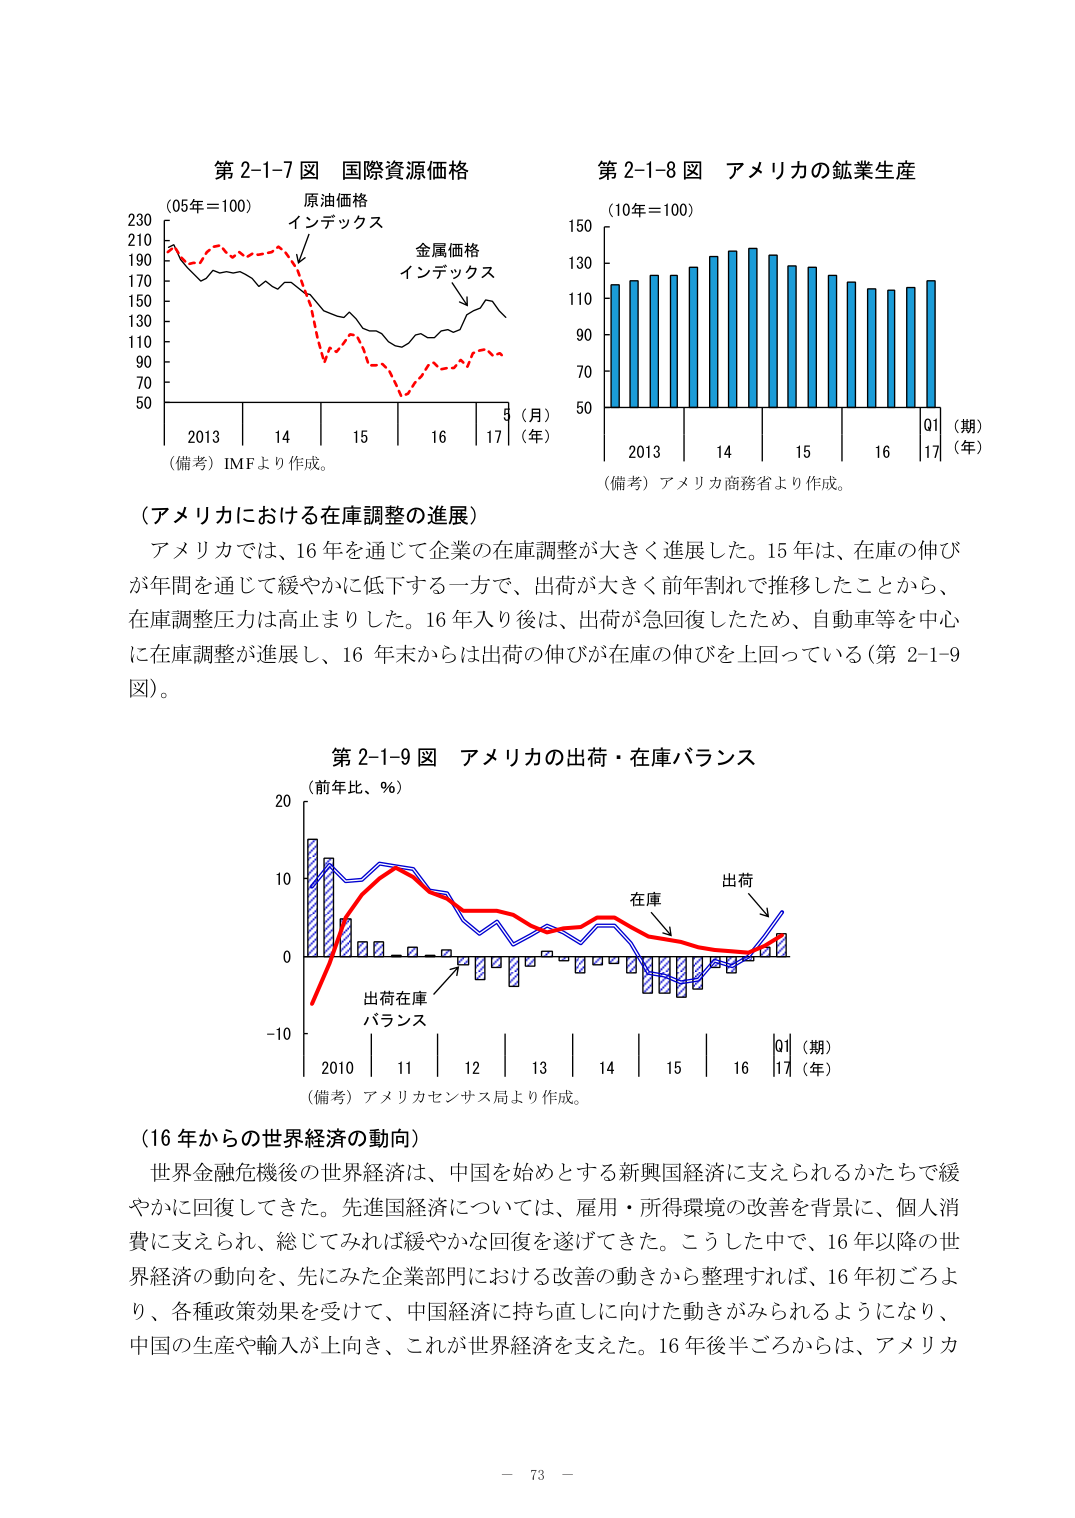
第2-1-7図 国際資源価格
(05年=100)
原油価格
インデックス
金属価格
インデックス
(月)
(年)
2013 14 15 16 17
(備考) IMFより作成。

第2-1-8図 アメリカの鉱業生産
(10年=100)
(期)
(年)
2013 14 15 16 Q1 17
(備考) アメリカ商務省より作成。

（アメリカにおける在庫調整の進展）
アメリカでは、16年を通じて企業の在庫調整が大きく進展した。15年は、在庫の伸びが年間を通じて緩やかに低下する一方で、出荷が大きく前年割れで推移したことから、在庫調整圧力は高止まりした。16年入り後は、出荷が急回復したため、自動車等を中心に在庫調整が進展し、16年末からは出荷の伸びが在庫の伸びを上回っている（第2-1-9図）。

第2-1-9図 アメリカの出荷・在庫バランス
(前年比、％)
出荷
在庫
出荷在庫
バランス
(期)
(年)
2010 11 12 13 14 15 16 Q1 17
(備考) アメリカセンサス局より作成。

（16年からの世界経済の動向）
世界金融危機後の世界経済は、中国を始めとする新興国経済に支えられるかたちで緩やかに回復してきた。先進国経済については、雇用・所得環境の改善を背景に、個人消費に支えられ、総じてみれば緩やかな回復を遂げてきた。こうした中で、16年以降の世界経済の動向を、先にみた企業部門における改善の動きから整理すれば、16年初ごろより、各種政策効果を受けて、中国経済に持ち直しに向けた動きがみられるようになり、中国の生産や輸入が上向き、これが世界経済を支えた。16年後半ごろからは、アメリカ

－ 73 －